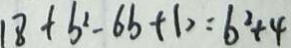
1 8 + b ^ { 2 } - 6 b + 1 ) = b ^ { 2 } + 4